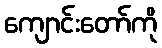
ကျောင်းတော်ကို